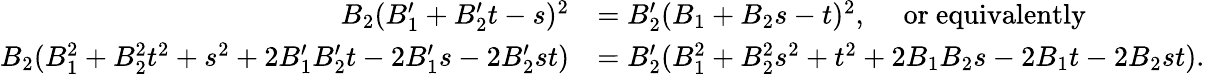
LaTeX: \begin{array}{rl}{B_{2}(B_{1}^{\prime}+B_{2}^{\prime}t-s)^{2}}&{=B_{2}^{\prime}(B_{1}+B_{2}s-t)^{2},\quad\mathrm{~or~equivalently}}\\ {B_{2}(B_{1}^{2}+B_{2}^{2}t^{2}+s^{2}+2B_{1}^{\prime}B_{2}^{\prime}t-2B_{1}^{\prime}s-2B_{2}^{\prime}st)}&{=B_{2}^{\prime}(B_{1}^{2}+B_{2}^{2}s^{2}+t^{2}+2B_{1}B_{2}s-2B_{1}t-2B_{2}st).}\end{array}